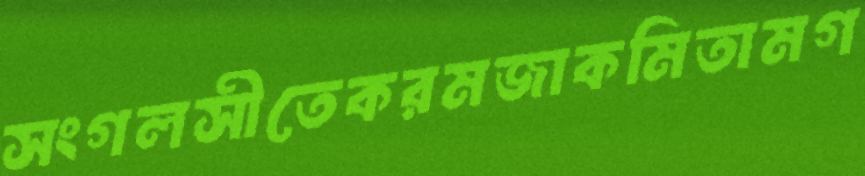
সংগলসীতেকরমজাকমিতামগ